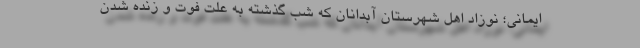
ایمانی؛ نوزاد اهل شهرستان آبدانان که شب گذشته به علت فوت و زنده شدن